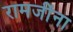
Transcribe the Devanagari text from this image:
रामजींना